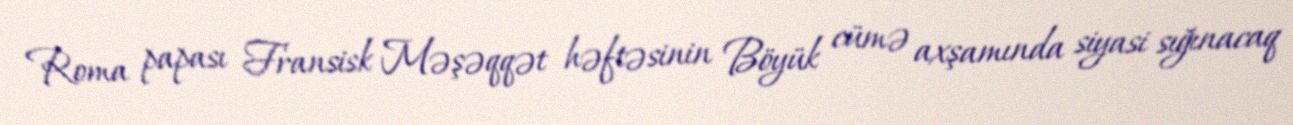
Roma papası Fransisk Məşəqqət həftəsinin Böyük cümə axşamında siyasi sığınacaq